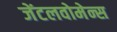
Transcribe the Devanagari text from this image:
जेंटलवोमेन्स